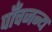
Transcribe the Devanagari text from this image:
पाँचजन्य